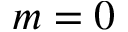
m = 0